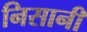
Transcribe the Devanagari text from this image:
निसानी